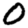
Digit: 0